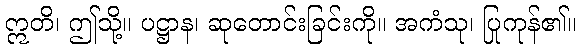
ဣတိ၊ ဤသို့။ ပဋ္ဌာန၊ ဆုတောင်းခြင်းကို။ အကံသု၊ ပြုကုန်၏။